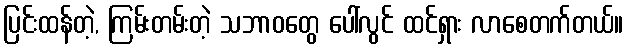
ပြင်းထန်တဲ့, ကြမ်းတမ်းတဲ့ သဘာဝတွေ ပေါ်လွင် ထင်ရှား လာစေတက်တယ်။